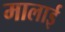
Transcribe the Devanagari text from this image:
मालाई